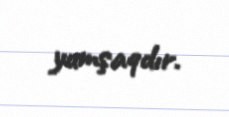
yumşaqdır.